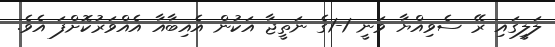
ލަލީގައި ރޭ ސެވިއްޔާ ވަނީ 1-1ގެ ނަތީޖާ އަކުން އެއިބާއާ އެއްވަރުކޮށްފަ އެވެ.